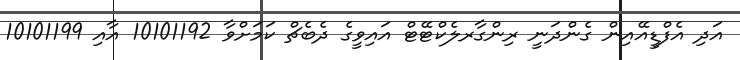
އަދި އެފްޑީއޭއިން ގެންދަނީ ރިންގާރލެކްޓޭޓް އައިވީގެ ދެބެޗް ކަމަށްވާ 10101192 އާއި 10101199